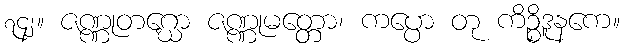
၇၄၂။ ဇဏ္ဏုတဂ္ဃော ဇဏ္ဏုမတ္တော၊ ကပ္ပော တု ကိဉ္စိဒူနကေ။